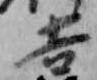
吉